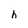
Character: h